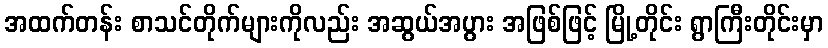
အထက်တန်း စာသင်တိုက်များကိုလည်း အဆွယ်အပွား အဖြစ်ဖြင့် မြို့တိုင်း ရွာကြီးတိုင်းမှာ